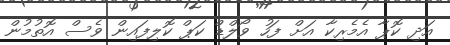
އަދި ކޮޕާ އެމެރިކާ އަށް ފަހު ވޯލްޑް ކަޕް ކޮލިފައިން ވެސް އޮތުމުން